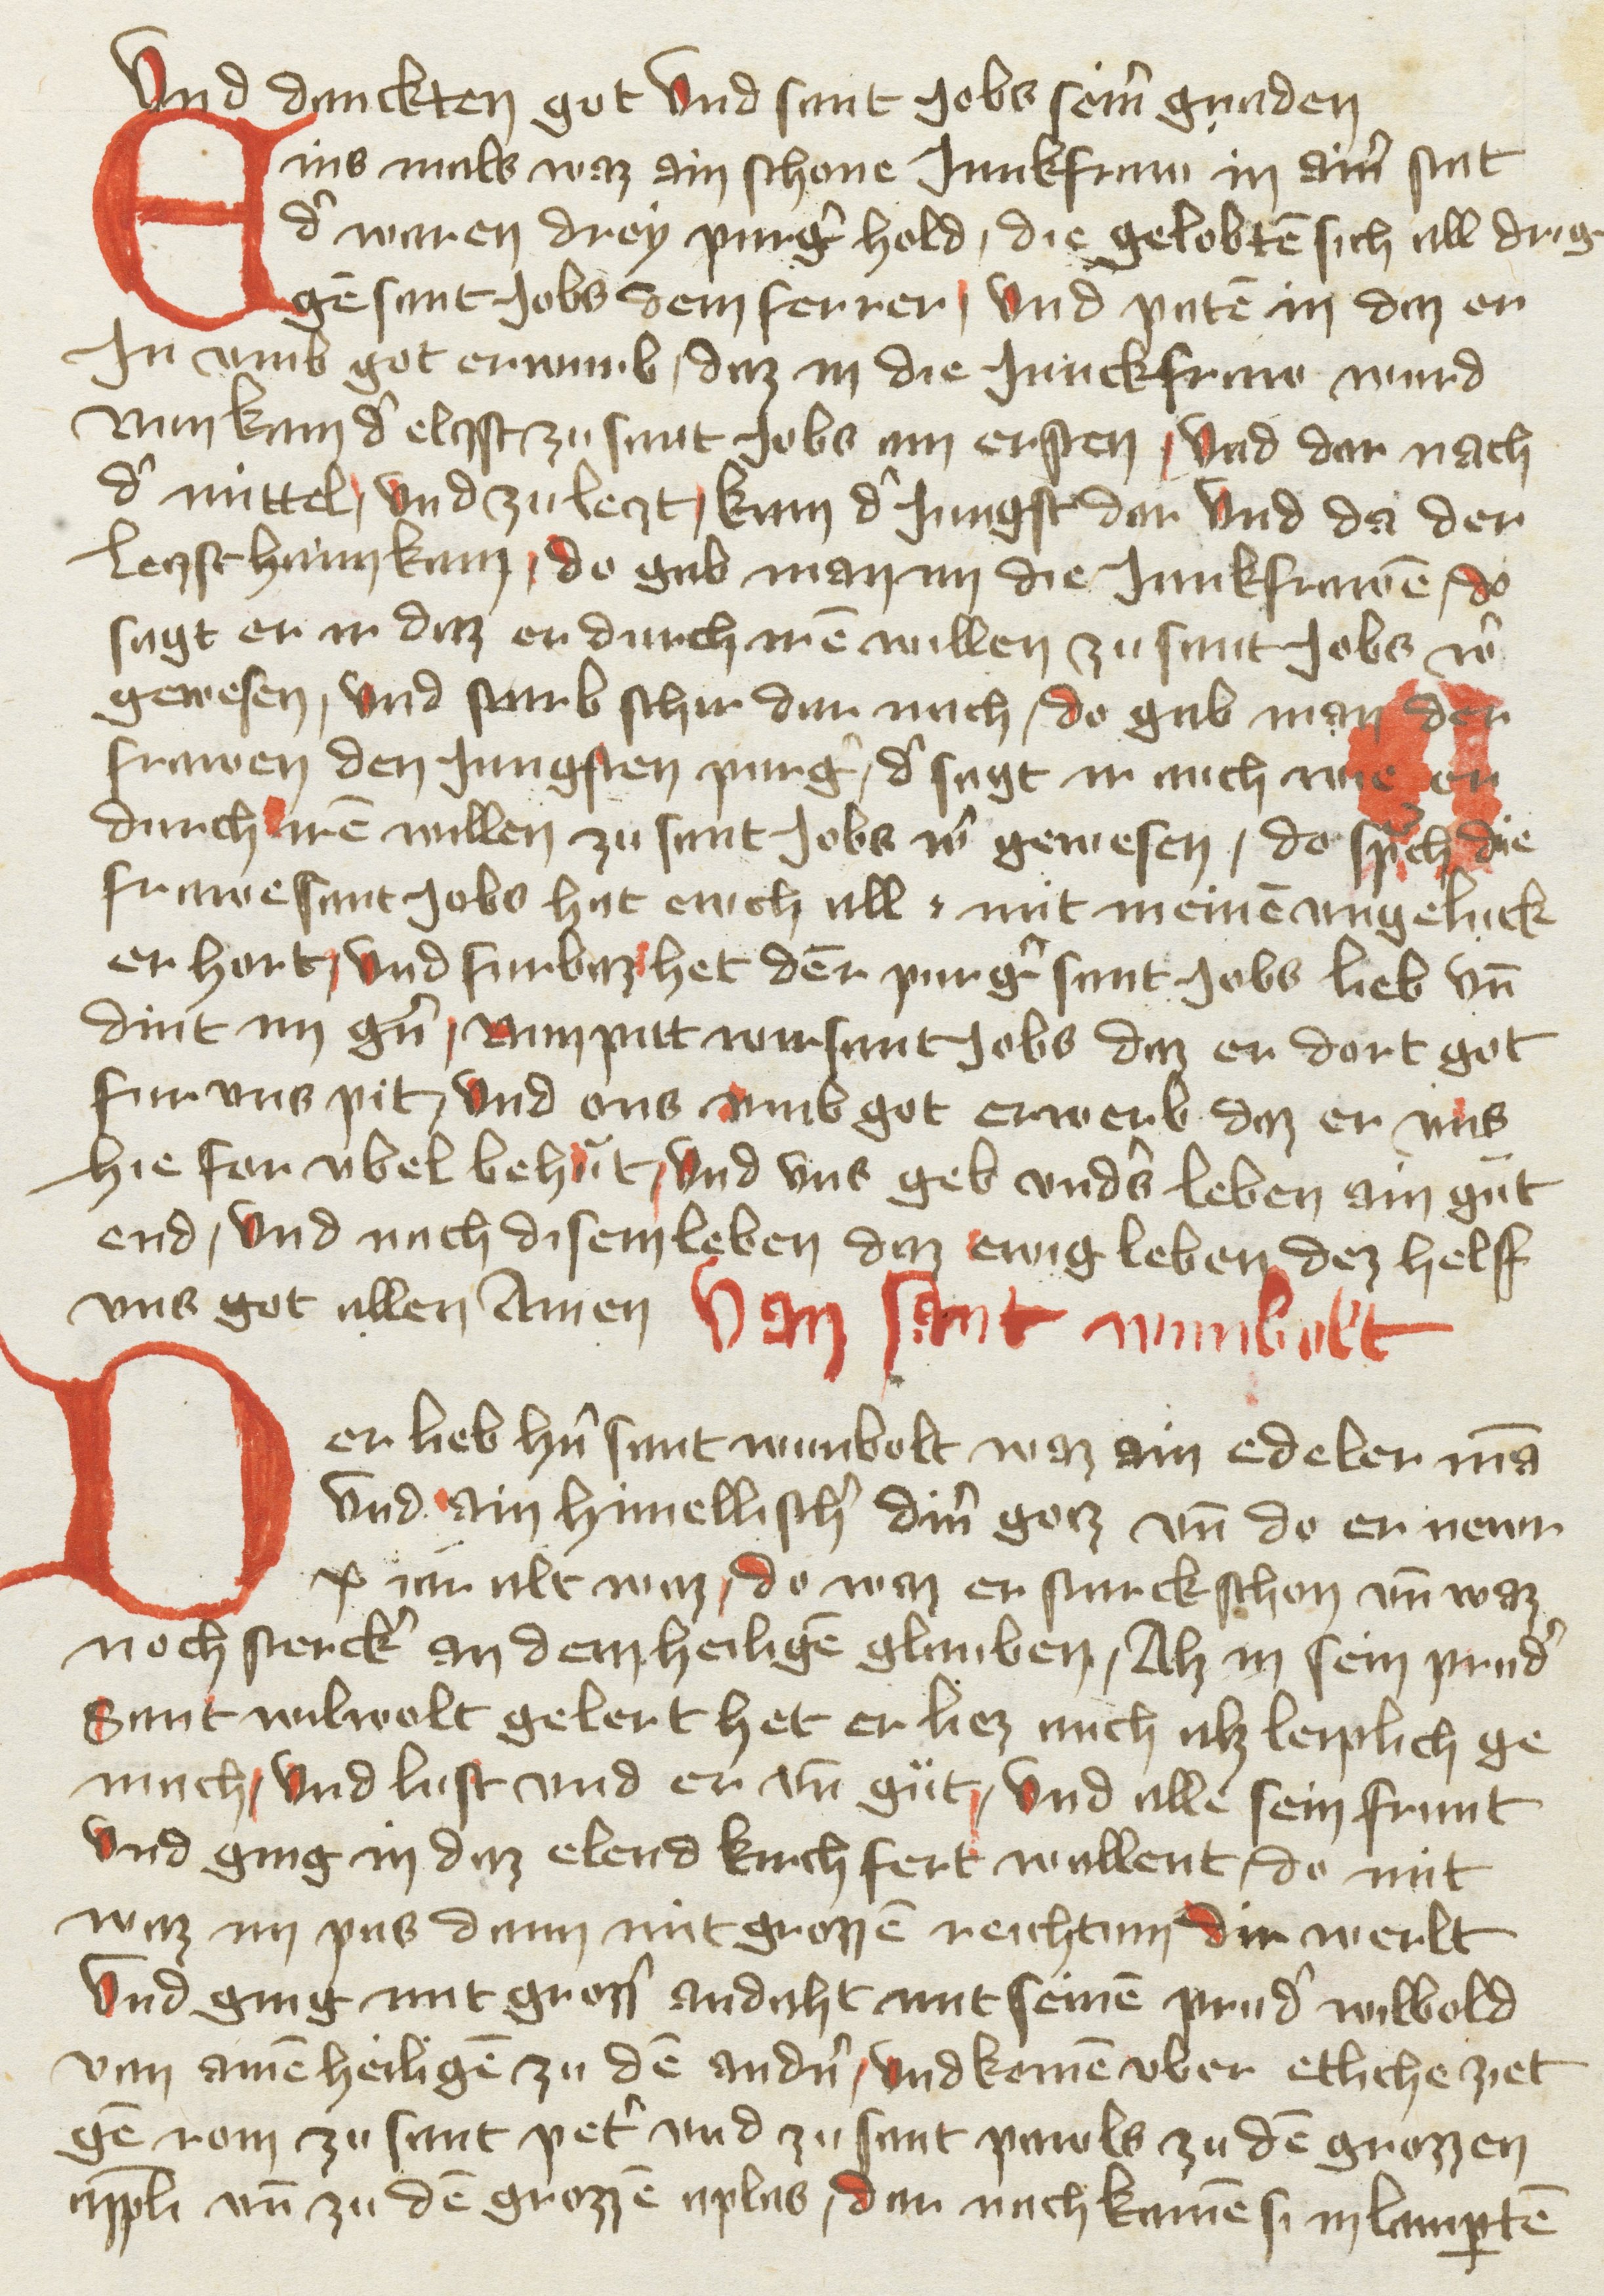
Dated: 1400–1499